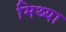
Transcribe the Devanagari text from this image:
मिथ्‍या